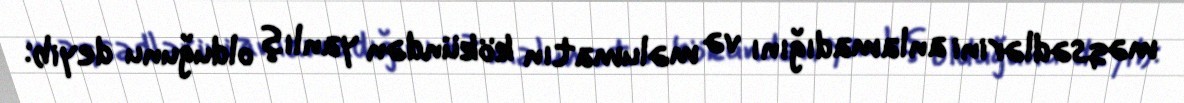
məqsədlərini anlamadığını və məlumatın kökündən yanlış olduğunu deyib: